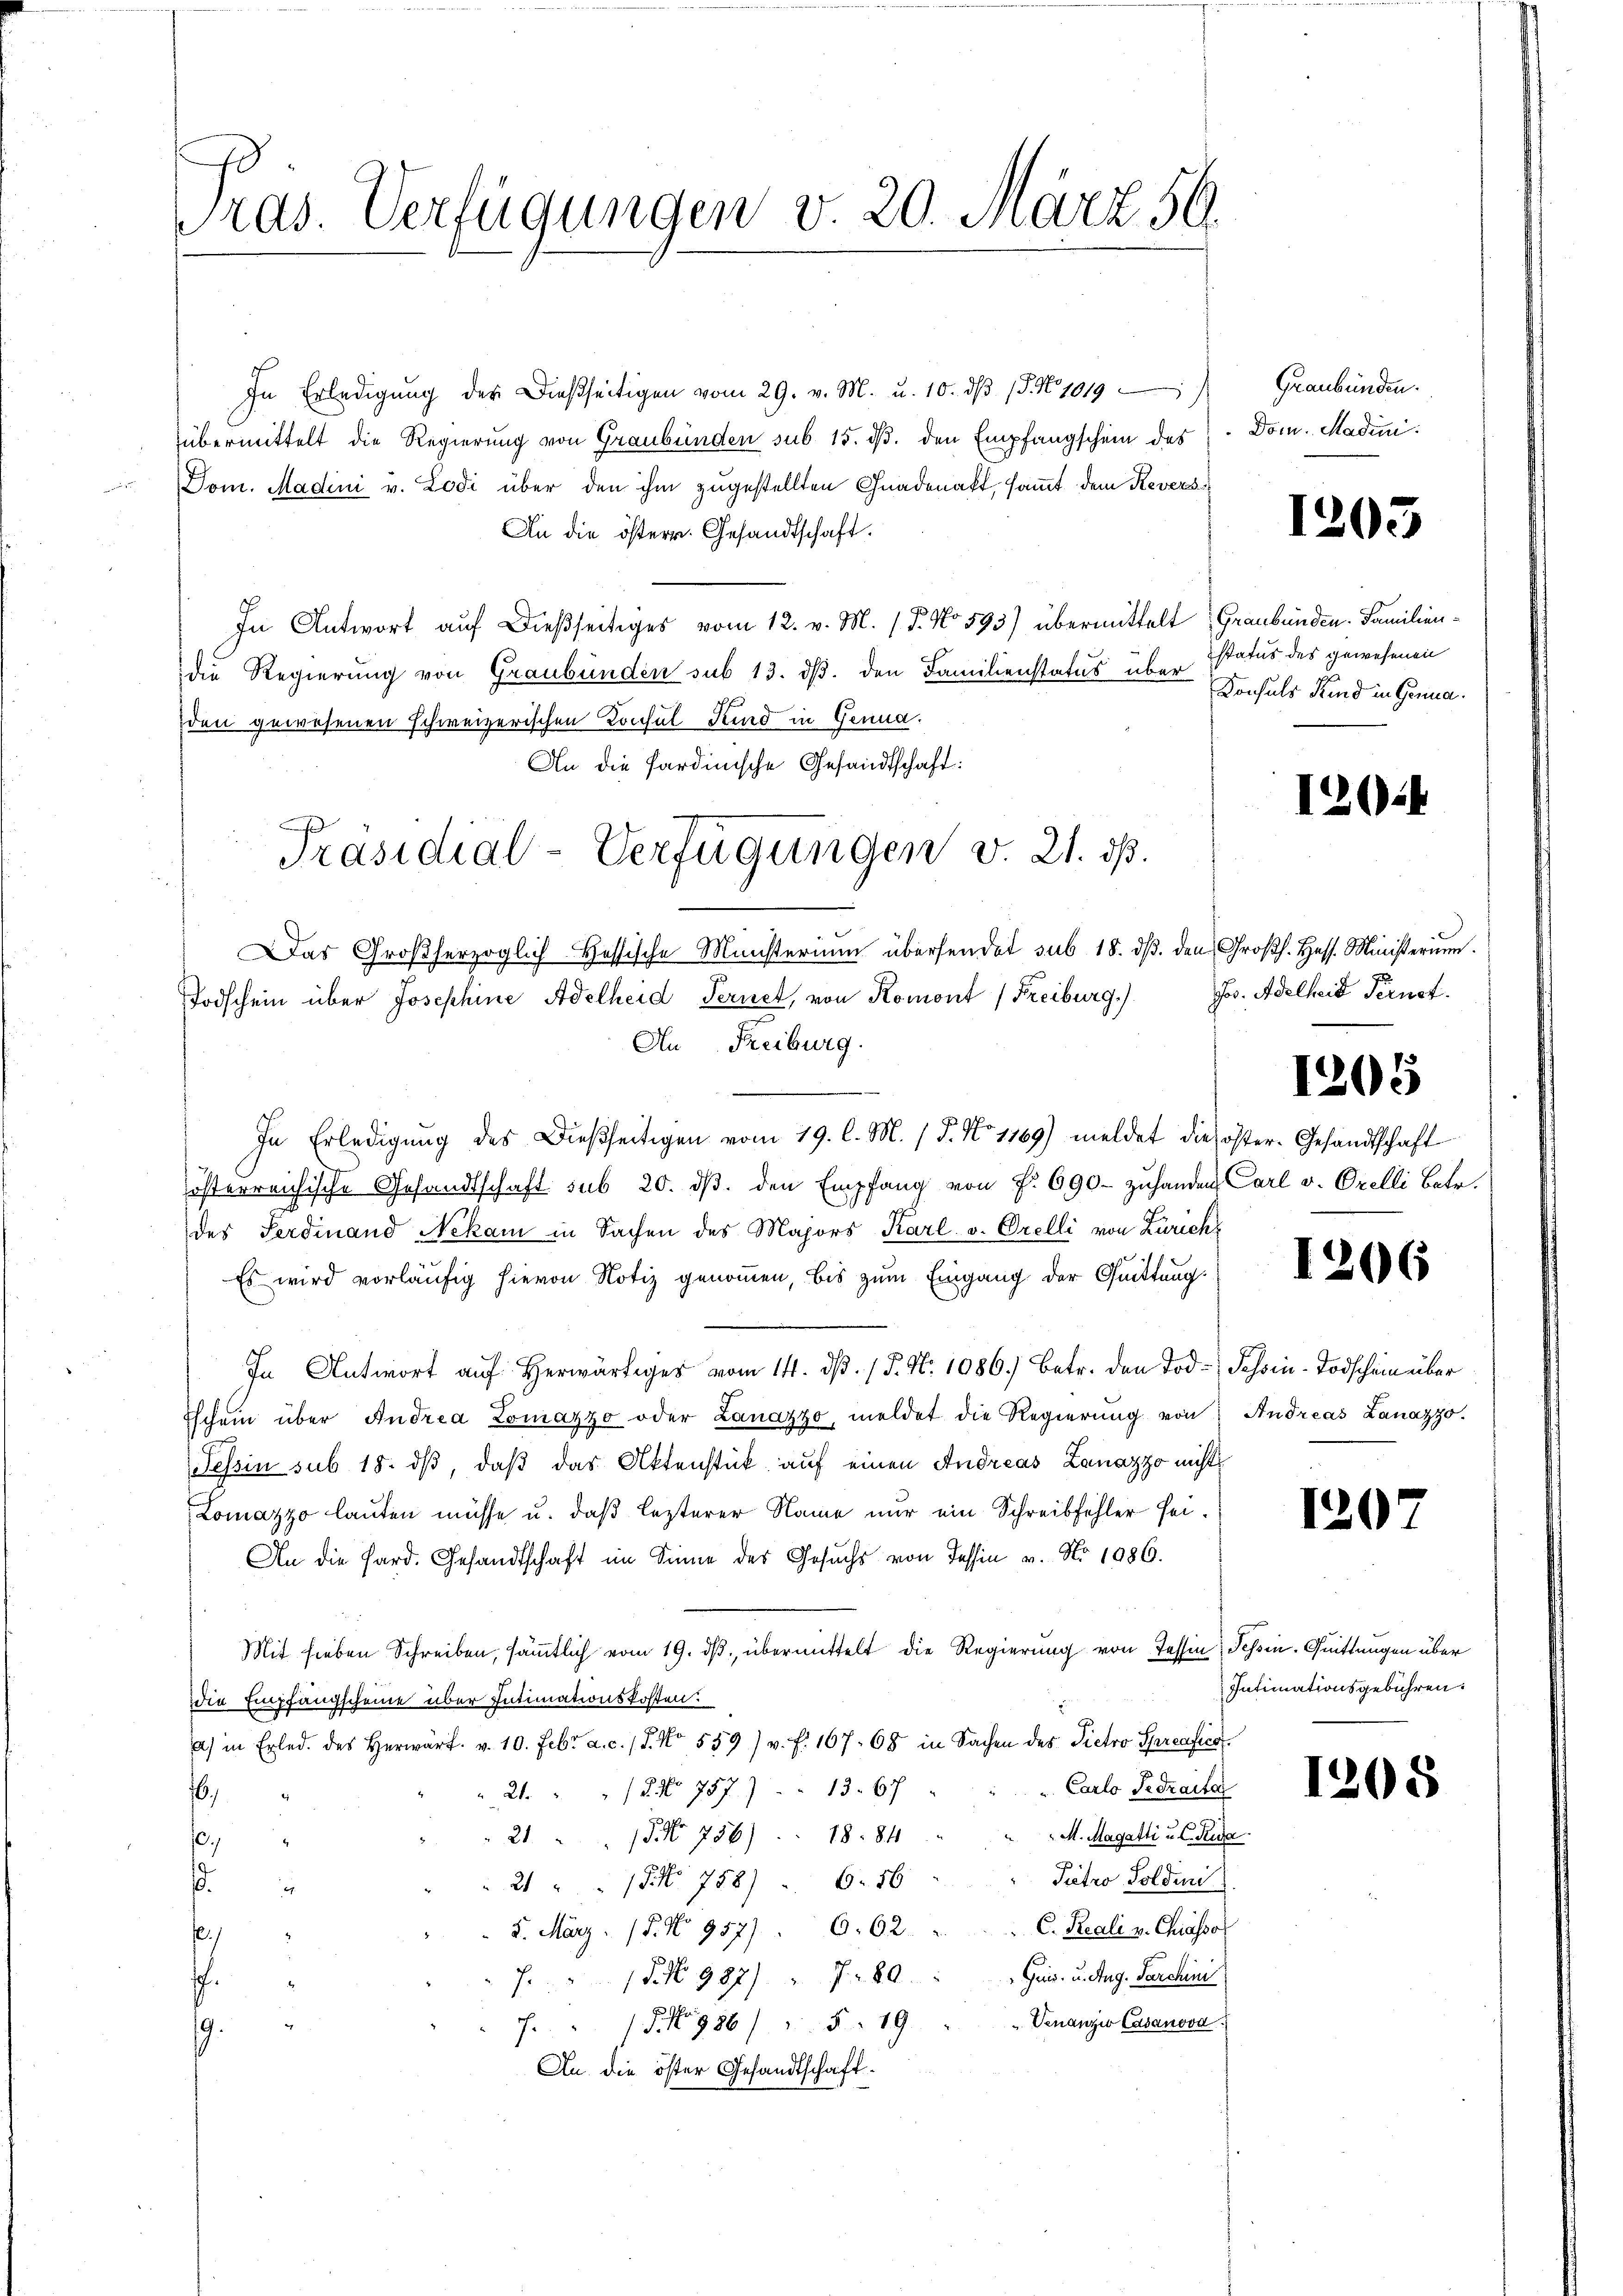
Pras. Verfügungen v. 20. März 56.

In Erledigŭng der dießseitigen vom 29. v. M. u. 10. dβ (§. N. 1019
übermittelt die Regierung von Graubünden sub 15. d. den Empfangschein des Dom. Madini¬
Dom. Madini v. Lodi über den ihm zugestellten Gnadenakt, sammt dem Revers¬
An die österr. Gesandtschaft.
In Antwort auf dießseitiges vom 12. v. M. (T. No 593) übermittelt (Graubünden. Familiendie Regierung von Graubünden sub 13. ds. den Familienstatus über
den gewesenen schweizerischen Konsul Kind in Genud.
An die Sardinische Gesandtschaft:
Das Großherzoglich Hessische Münsterium übersendet sub 18. dβ. den Großh. Hess. Ministerium.
Todschein über Josephine Adelheid Ternet, von Romont (Freiburg.)
An Freiburg.
In Erledigung des Dießseitigen vom 19. l. M. (T. No 1169) meldet die öster- Gesandtschaft
österreichische Gesandtschaft sub 20. dβ. den Empfang von f. 690 zuhanden Carl v. Orelli betr.
des Ferdinand Nekam in Sachen des Majors Karl v. Orelli von Zürich¬
Es wird vorläufig hievon Notiz genommen, bis zum Eingang der Quittung
In Antwort auf herwärtiges vom 14. dβ. / P. N. 1086.) Betr. den Tod. Schwin-Todschein über
Eschein über Andrea Lomazzo oder Lanazzo, meldet die Regierŭng von Andreas Lanazzo.
Tessin sub 18. ds, daß das Aktenstück auf einen Andreas Lanazzo nicht
Lomazzo lauten müsse u. daß lezterer Name nur ein Schreibfehler sei¬
An die Hard. Gesandtschaft im Sinne des Gesuchs von Tessin v. No 1086.
Mit sieben Schreiben, sämmtlich vom 19. dβ übermittelt die Regierung von Tessin, Tessin. Quittungen über
die Empfangscheine über Intimationskosten.
) in Erled. des Herwärt. v. 10. Febr. a. c. 18. No 559) v. f. 167. 68 in Sachen des Pietro Spreafico
" Carlo Tedraite
13. E
/2 No 757.)
21.
16.
M. Magatti u. C. Reda
21 15. 756). 18. 841
,
a
Sietro Soldini
21 " " 15 No 758) . 6. 16
.
.
C. Reali v. Chiasso
5. März. / 5. No 9577. 662.
.
7. " 15 No 987/ " 780 Ges. u. Aug. Parchini
.
" Venanzio Casanova
7. 5. No 986/ 5. 19.
.
An die öster Gesandtschaft¬

Präsidial-Verfügungen v. 21. ds.

Graubünden.

1205

status des gewesenen
Konsuls Kind in Genua

120.

Jos. Adelheit Fernet.

1205

1206

120

Intimationsgebühren.

1205